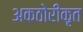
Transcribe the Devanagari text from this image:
अकठोरीकृत